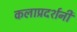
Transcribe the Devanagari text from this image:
कलाप्रदर्शनी